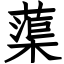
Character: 蕖